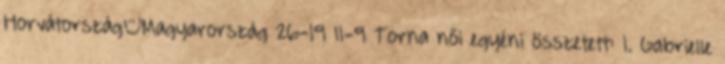
Horvátország–Magyarország 26-19 11-9 Torna női egyéni összetett: 1. Gabrielle